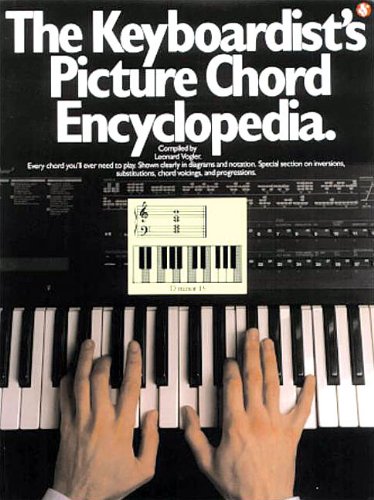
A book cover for The Keyboardist's Picture Chord Encyclopedia (Piano Book); Leonard Vogler; Arts & Photography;